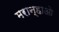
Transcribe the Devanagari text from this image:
मरान्हाओ